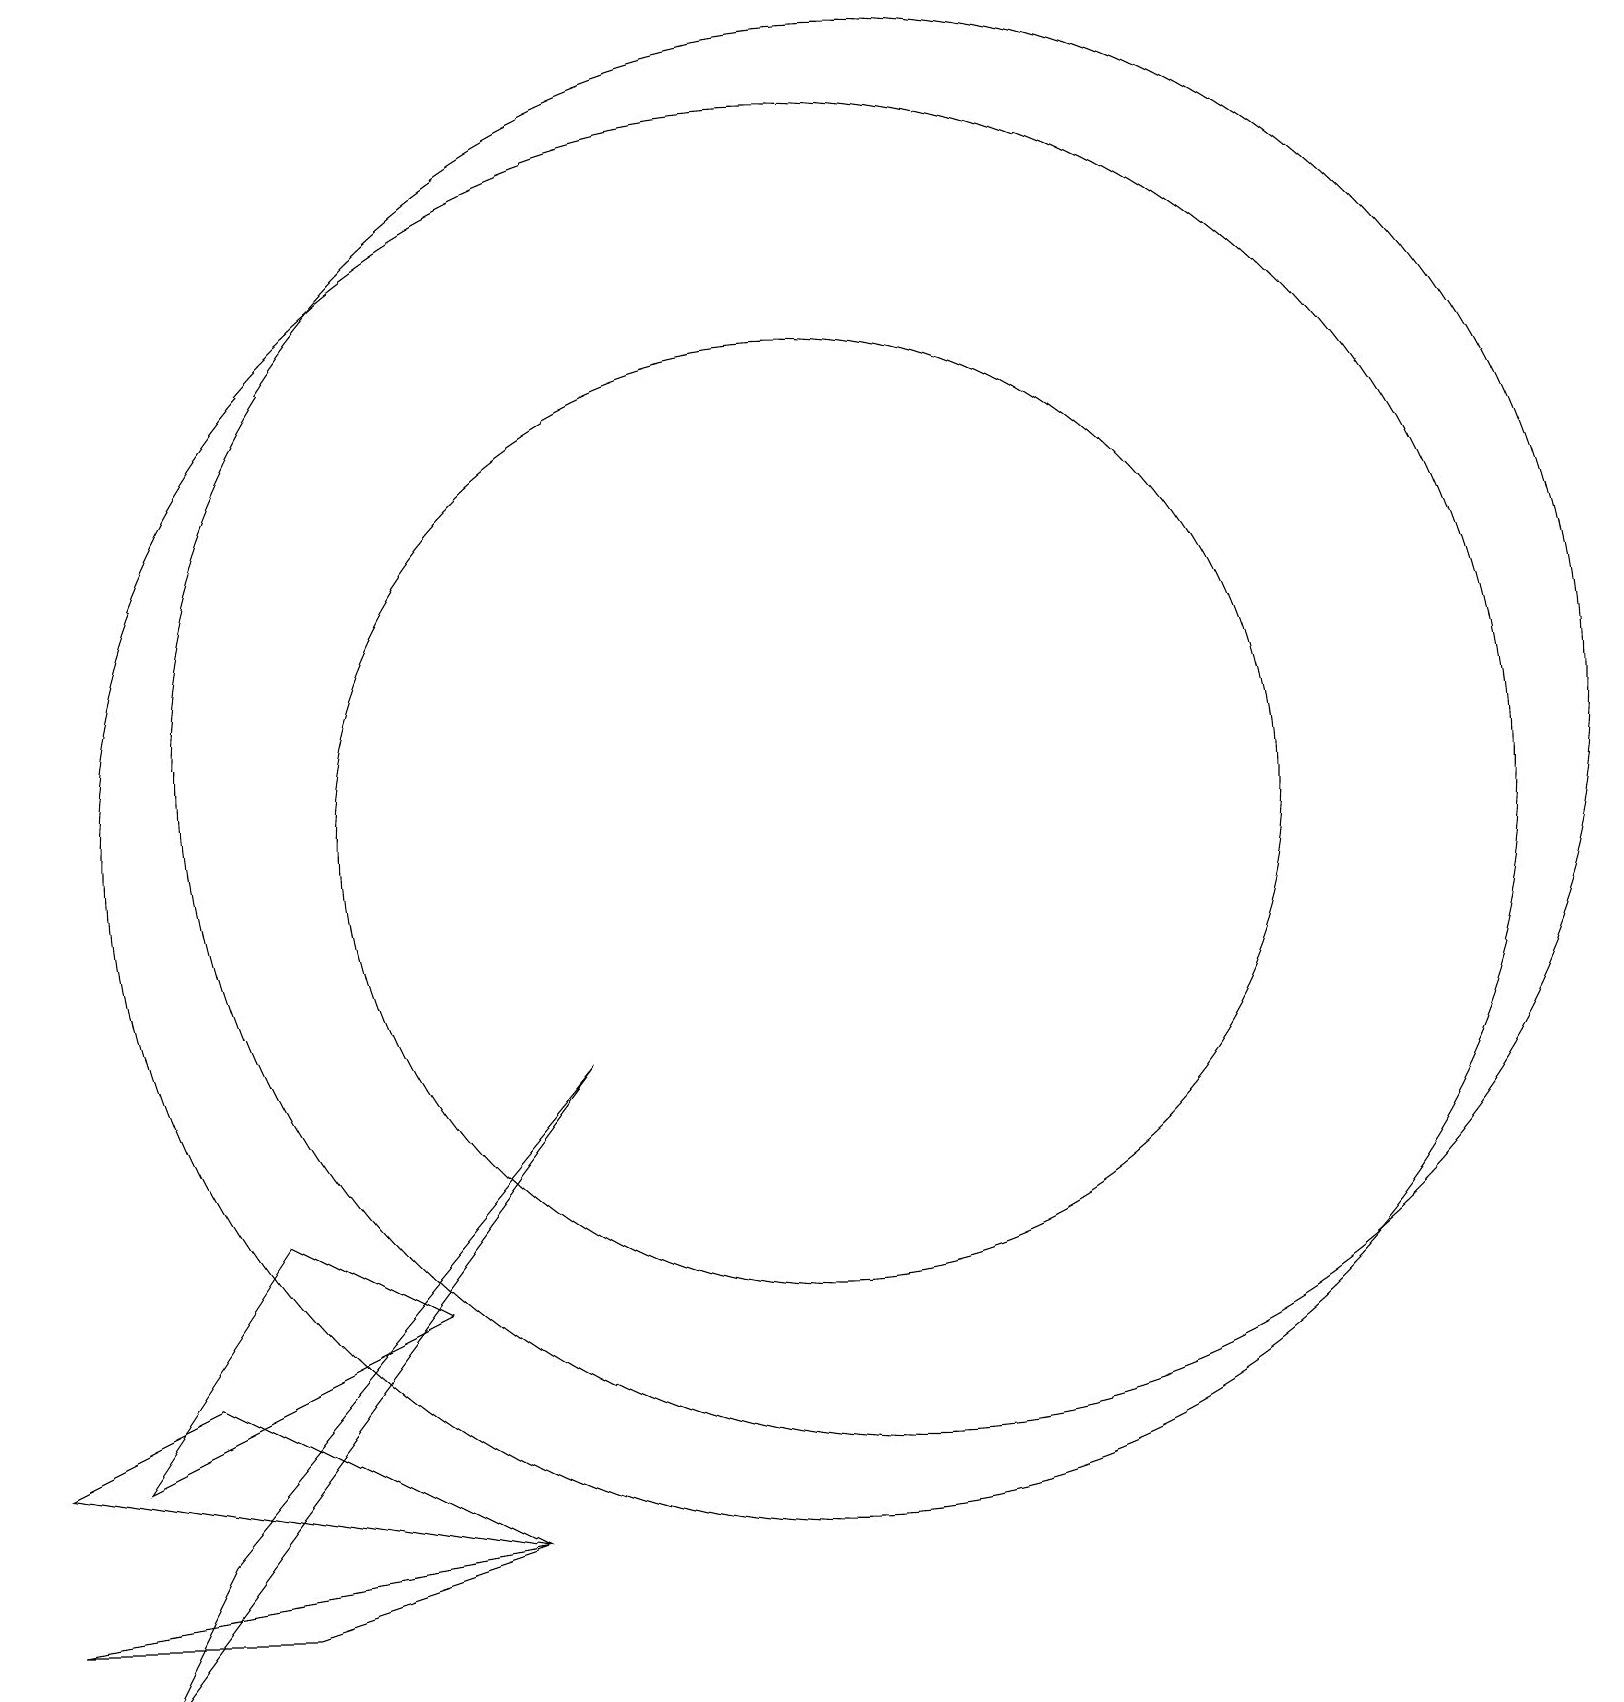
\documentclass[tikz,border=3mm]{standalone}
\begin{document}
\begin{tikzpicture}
\draw (4,1) -- (7,2) -- (1,1) -- cycle;
\draw (4,6) -- (6,5) -- (2,3) -- cycle;
\draw (11,11) circle (6);
\draw (8,8) -- (2,0) -- (3,2) -- cycle;
\draw (3,4) -- (1,3) -- (7,2) -- cycle;
\draw (11,11) circle (9);
\draw (12,12) circle (9);
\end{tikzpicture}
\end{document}